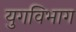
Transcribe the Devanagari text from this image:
युगविभाग